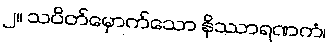
၂။ သပိတ်မှောက်သော နိဿာရဏကံ၊